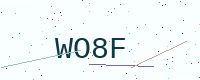
Text: WO8F